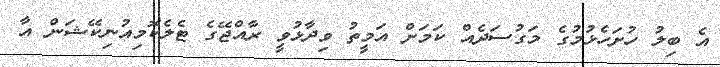
އެ ބިލު ހުށަހެޅުމުގެ މަގުސަދެއް ކަމަށް އަމީތު ވިދާޅުވީ ރާއްޖޭގެ ޓެލެކޮމިއުނިކޭޝަން އާ